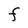
Character: F